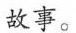
故事。